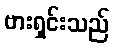
ဗားရှင်းသည်